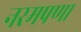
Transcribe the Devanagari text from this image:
नरमपणा